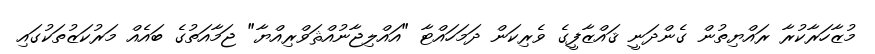
މުޒާހަރާކުރާ ރައްޔިތުން ގެންދަނީ ޤައްޒާފީގެ ވެރިކަން ދަމަހައްޓާ "އައްލިޖާނުއްޘަވްރިއްޔާ" ޖަމާއަތުގެ ބައެއް މަރުކަޒުތަކުގައި